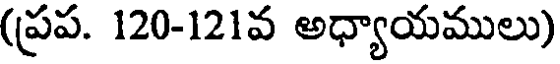
(ప్రప. 120-121వ అధ్యాయములు)